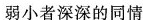
弱小者深深的同情